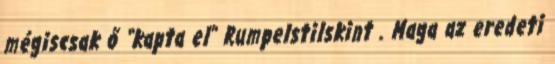
mégiscsak ő “kapta el” Rumpelstilskint . Maga az eredeti